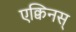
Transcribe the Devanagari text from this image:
एक्विनस्